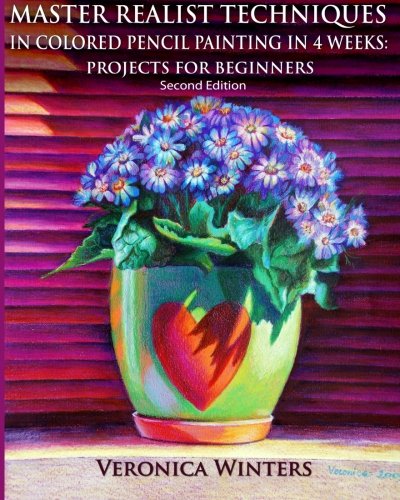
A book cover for Master Realist Techniques in Colored Pencil Painting in 4 Weeks: Projects for Beginners: Learn to draw still life, landscape, skies, fabric, glass and textures; Veronica Winters; Arts & Photography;